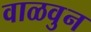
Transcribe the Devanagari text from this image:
वाळवुन